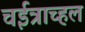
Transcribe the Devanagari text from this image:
चईत्राच्हल